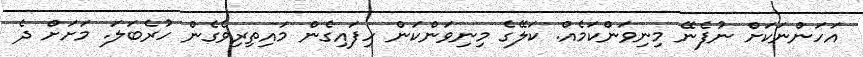
އަހަންނަކަށް ނުފެނޭ މިނިވަންކަމެއް. ކަލޭގެ މިނިވަންކަން ހިފައިގެން މައިތިރިވެގެން ހުރެބަލަ. މަށަށް ދެ